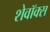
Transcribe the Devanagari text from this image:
शेवॉक्स